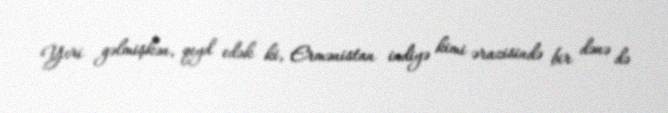
Yeri gəlmişkən, qeyd edək ki, Ermənistan indiyə kimi ərazisində bir dənə də